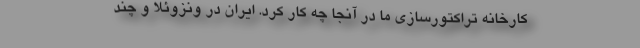
کارخانه تراکتورسازی ما در آنجا چه کار کرد. ایران در ونزوئلا و چند